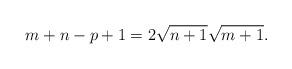
LaTeX: \begin{align*}m+n-p+1=2\sqrt{n+1}\sqrt{m+1}.\end{align*}